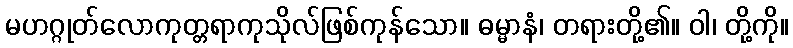
မဟဂ္ဂုတ်လောကုတ္တရာကုသိုလ်ဖြစ်ကုန်သော။ ဓမ္မာနံ၊ တရားတို့၏။ ဝါ၊ တို့ကို။